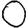
Digit: 0